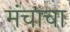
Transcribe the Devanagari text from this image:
मंचाचा